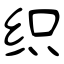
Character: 织